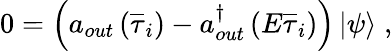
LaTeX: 0=\left(a_{out}\left(\overline{{{\tau}}}_{i}\right)-a_{out}^{\dagger}\left(E\overline{{{\tau}}}_{i}\right)\right)\left|\psi\right>\; ,